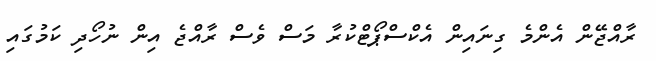
ރާއްޖޭން އެންމެ ގިނައިން އެކްސްޕޯޓްކުރާ މަސް ވެސް ރާއްޖެ އިން ނުހޯދި ކަމުގައި